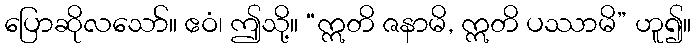
ပြောဆိုလသော်။ ဧဝံ၊ ဤသို့။ “ဣတိ ဇနာမိ, ဣတိ ပဿာမိ” ဟူ၍။